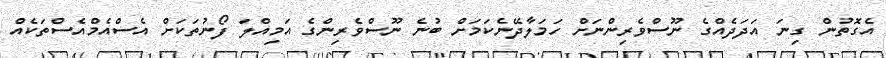
އެގޮތުން ގިނަ އަދަދެއްގެ ނޫސްވެރިންނަށް ހަމަލާދޭނެކަމަށް ބުނެ ނޫސްވެރިންގެ އަމިއްލަ ފޯނުތަކަށް އެސްއެމްއެސްތަކެއް